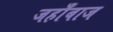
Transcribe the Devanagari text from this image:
जहाँबाज